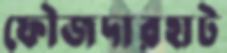
ফৌজদারহাট